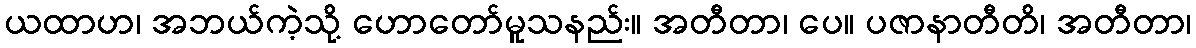
ယထာဟ၊ အဘယ်ကဲ့သို့ ဟောတော်မူသနည်း။ အတီတာ၊ ပေ။ ပဇာနာတီတိ၊ အတီတာ၊